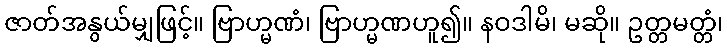
ဇာတ်အနွယ်မျှဖြင့်။ ဗြာဟ္မဏံ၊ ဗြာဟ္မဏဟူ၍။ နဝဒါမိ၊ မဆို။ ဥတ္တမတ္တံ၊